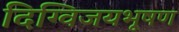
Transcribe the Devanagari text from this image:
दिग्विजयभूषण